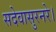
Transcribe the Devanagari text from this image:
सदेवासुरनरे।